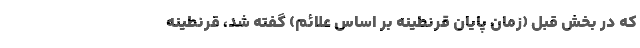
که در بخش قبل (زمان پایان قرنطینه بر اساس علائم) گفته شد، قرنطینه